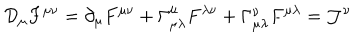
{ \cal D } _ { \mu } F ^ { \mu \nu } = \partial _ { \mu } F ^ { \mu \nu } + \Gamma _ { \mu \lambda } ^ { \mu } F ^ { \lambda \nu } + \Gamma _ { \mu \lambda } ^ { \nu } F ^ { \mu \lambda } = { \cal J } ^ { \nu }